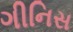
ગીનિસ